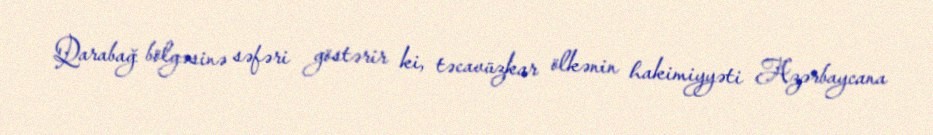
Qarabağ bölgəsinə səfəri göstərir ki, təcavüzkar ölkənin hakimiyyəti Azərbaycana